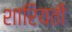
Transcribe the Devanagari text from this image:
शारियती